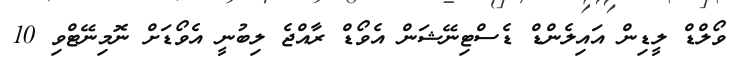
ވޯލްޑް ލީޑިން އައިލެންޑް ޑެސްޓިނޭޝަން އެވޯޑް ރާއްޖެ ލިބުނީ އެވޯޑަށް ނޮމިނޭޓްވި 10